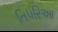
તિપરિઆ